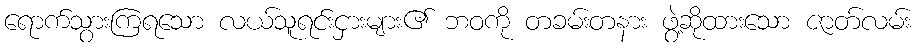
ရောက်သွားကြရသော လယ်သူရင်းငှားများ၏ ဘဝကို တခမ်းတနား ဖွဲ့ဆိုထားသော ဇာတ်လမ်း